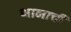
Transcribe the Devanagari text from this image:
भानाची